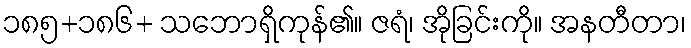
၁၈၅+၁၈၆+ သဘောရှိကုန်၏။ ဇရံ၊ အိုခြင်းကို။ အနတီတာ၊